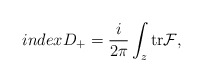
\begin{align*}indexD_{+} = \frac{i}{2 \pi} \int_{z} {\rm tr} {\cal F},\end{align*}